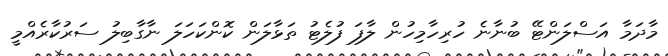
މާދަމާ އަސްލަންޓޭ ބުނާނެ ހުރިހާމިހުން ލާފަ ފުލެޓު ތަޅާލަން ކޮންކަހަލަ ނާގާބިލު ސަރުކާރެއްމީ